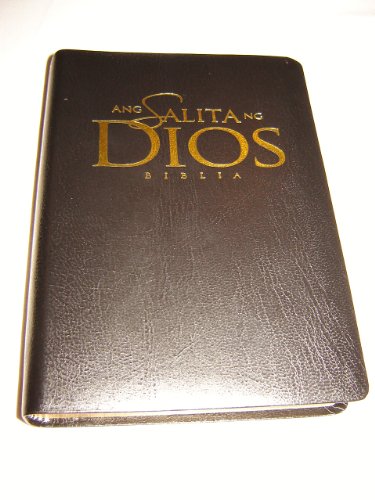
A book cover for Tagalog Bible ASD Ang Salita Ng Dios / Modern NIV Philippine Translation / Black Bonded Leatherbound Cover, Golden Edges, Maps; Bible Society; Travel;